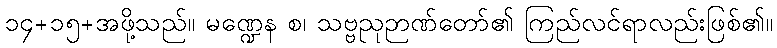
၁၄+၁၅+အဖို့သည်။ မဏ္ဍေန စ၊ သဗ္ဗညုဉာဏ်တော်၏ ကြည်လင်ရာလည်းဖြစ်၏။